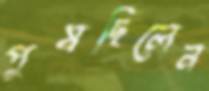
পুষছিলেন